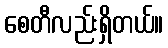
စေတီလည်းရှိတယ်။